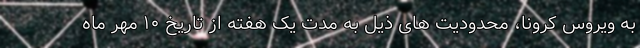
به ویروس کرونا، محدودیت های ذیل به مدت یک هفته از تاریخ ۱۰ مهر ماه